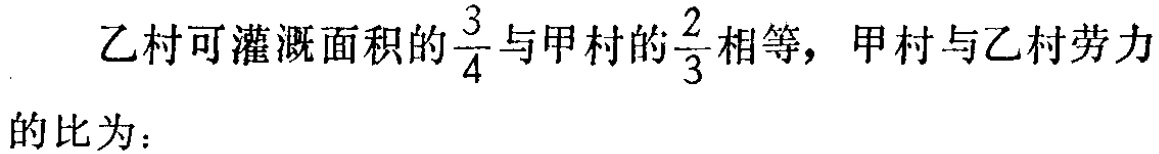
乙村可灌溉面积的$\frac{3}{4}$与甲村的$\frac{2}{3}$相等，甲村与乙村劳力的比为：